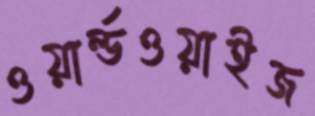
ওয়ার্ল্ডওয়াইজ